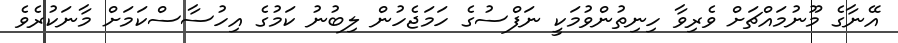
އޭނާގެ މޫނުމައްޗަށް ވެރިވާ ހިނިތުންވުމަކީ ނަފްސުގެ ހަމަޖެހުން ލިބުނު ކަމުގެ އިހުސާސްކަމަށް މާނަކުރެވެ